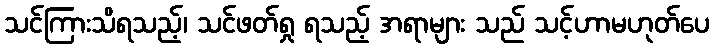
သင်ကြားသိရသည့်၊ သင်ဖတ်ရှု ရသည့် အရာများ သည် သင့်ဟာမဟုတ်ပေ